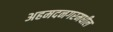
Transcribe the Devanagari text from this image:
अहमदनगरमधील